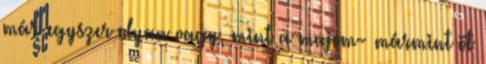
már egyszer olyan vagy, mint a majom- mármint öt